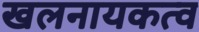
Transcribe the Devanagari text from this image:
खलनायकत्व